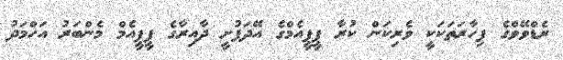
ރެޑްވޭވްގެ ފިހާރަތަކަކީ ވެރިކަން ކުރާ ޕީޕީއެމްގެ އޭދަފުށީ ދާއިރާގެ ޕީޕީއެމް މެންބަރު އަހްމަދު